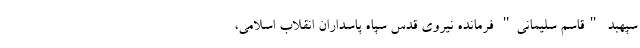
سپهبد "قاسم سلیمانی" فرمانده نیروی قدس سپاه پاسداران انقلاب اسلامی،